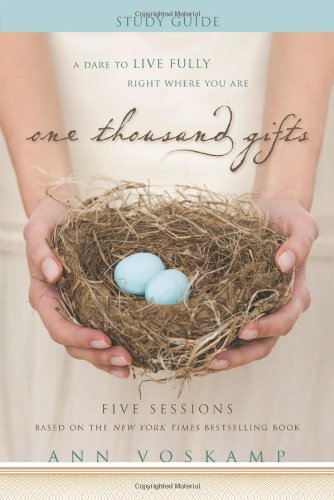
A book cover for One Thousand Gifts Study Guide: A Dare to Live Fully Right Where You Are; Ann Voskamp; Christian Books & Bibles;